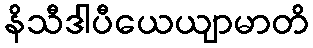
နိသီဒါပီယေယျာမာတိ